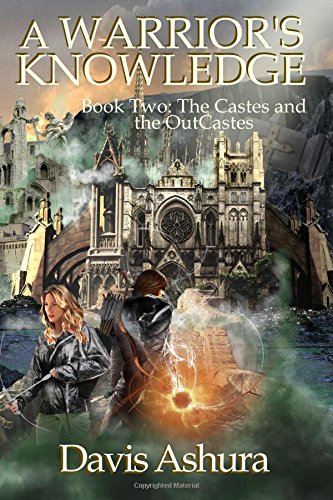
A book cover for A Warrior's Knowledge: Book 2: The Castes and the OutCastes (Volume 2); Davis Ashura; Science Fiction & Fantasy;